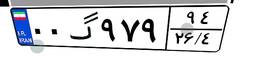
۰۰گ۶۵۰۸۵